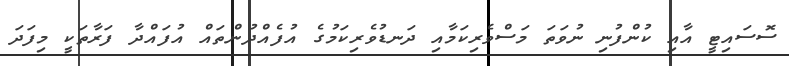
ސޮސައިޓީ އާއި ކުންފުނި ނުވަތަ މަސްވެރިކަމާއި ދަނޑުވެރިކަމުގެ އުފެއްދުންތައް އުފައްދާ ފަރާތަކީ މިފަދަ